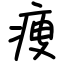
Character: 痩